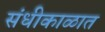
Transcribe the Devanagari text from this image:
संधीकाळात